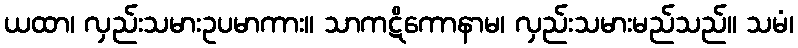
ယထာ၊ လှည်းသမားဥပမာကား။ သာကဋိကောနာမ၊ လှည်းသမားမည်သည်။ သမံ၊